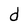
Character: d